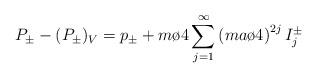
LaTeX: \begin{align*}P_{\pm}-(P_{\pm})_V = p_{\pm}+{m\o4}\sum_{j=1}^{\infty} \left({{ma}\o4}\right)^{2j} I_j^\pm \end{align*}